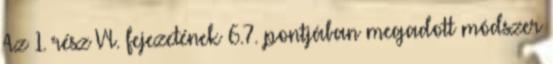
Az 1. rész VI. fejezetének 6.7. pontjában megadott módszer